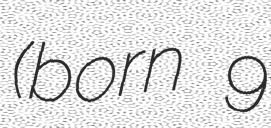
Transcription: (born 9